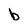
Character: b